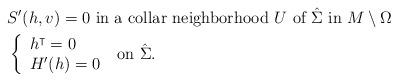
LaTeX: \begin{align*}&S' (h, v)=0 \mbox { in a collar neighborhood $U$ of $\hat\Sigma$ in } M\setminus \Omega\\&\left\{ \begin{array}{l} h^\intercal =0\\ H'(h)=0\end{array} \right.\mbox { on } \hat \Sigma.\end{align*}